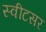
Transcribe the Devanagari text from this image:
स्वीटसर